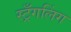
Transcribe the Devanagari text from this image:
स्ट्रँगलिंग